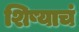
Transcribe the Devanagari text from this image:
शिष्याचं